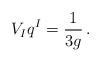
LaTeX: \begin{align*}V_I q^I = \frac{1}{3g}\,. \end{align*}